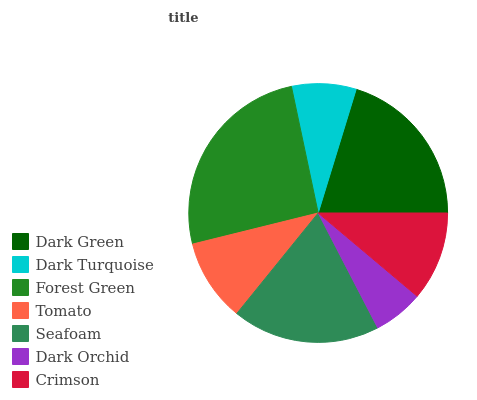
| Dark Green | Dark Turquoise | Forest Green | Tomato | Seafoam | Dark Orchid | Crimson |
 | --- | --- | --- | --- | --- | --- | --- |
 | 20.2% | 8.05% | 25.6% | 10.3% | 18.5% | 6.25% | 11.1% |